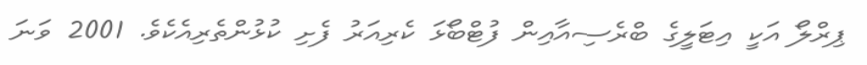
ޕިރްލޯ އަކީ އިޓަލީގެ ބްރެސިއާއިން ފުޓްބޯޅަ ކެރިއަރު ފެށި ކުޅުންތެރިއެކެވެ. 2001 ވަނަ